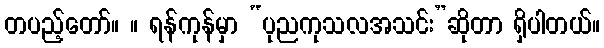
တပည့်တော်။ ။ ရန်ကုန်မှာ “ပုညကုသလအသင်း”ဆိုတာ ရှိပါတယ်။